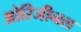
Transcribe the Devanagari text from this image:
ओरिजीनल